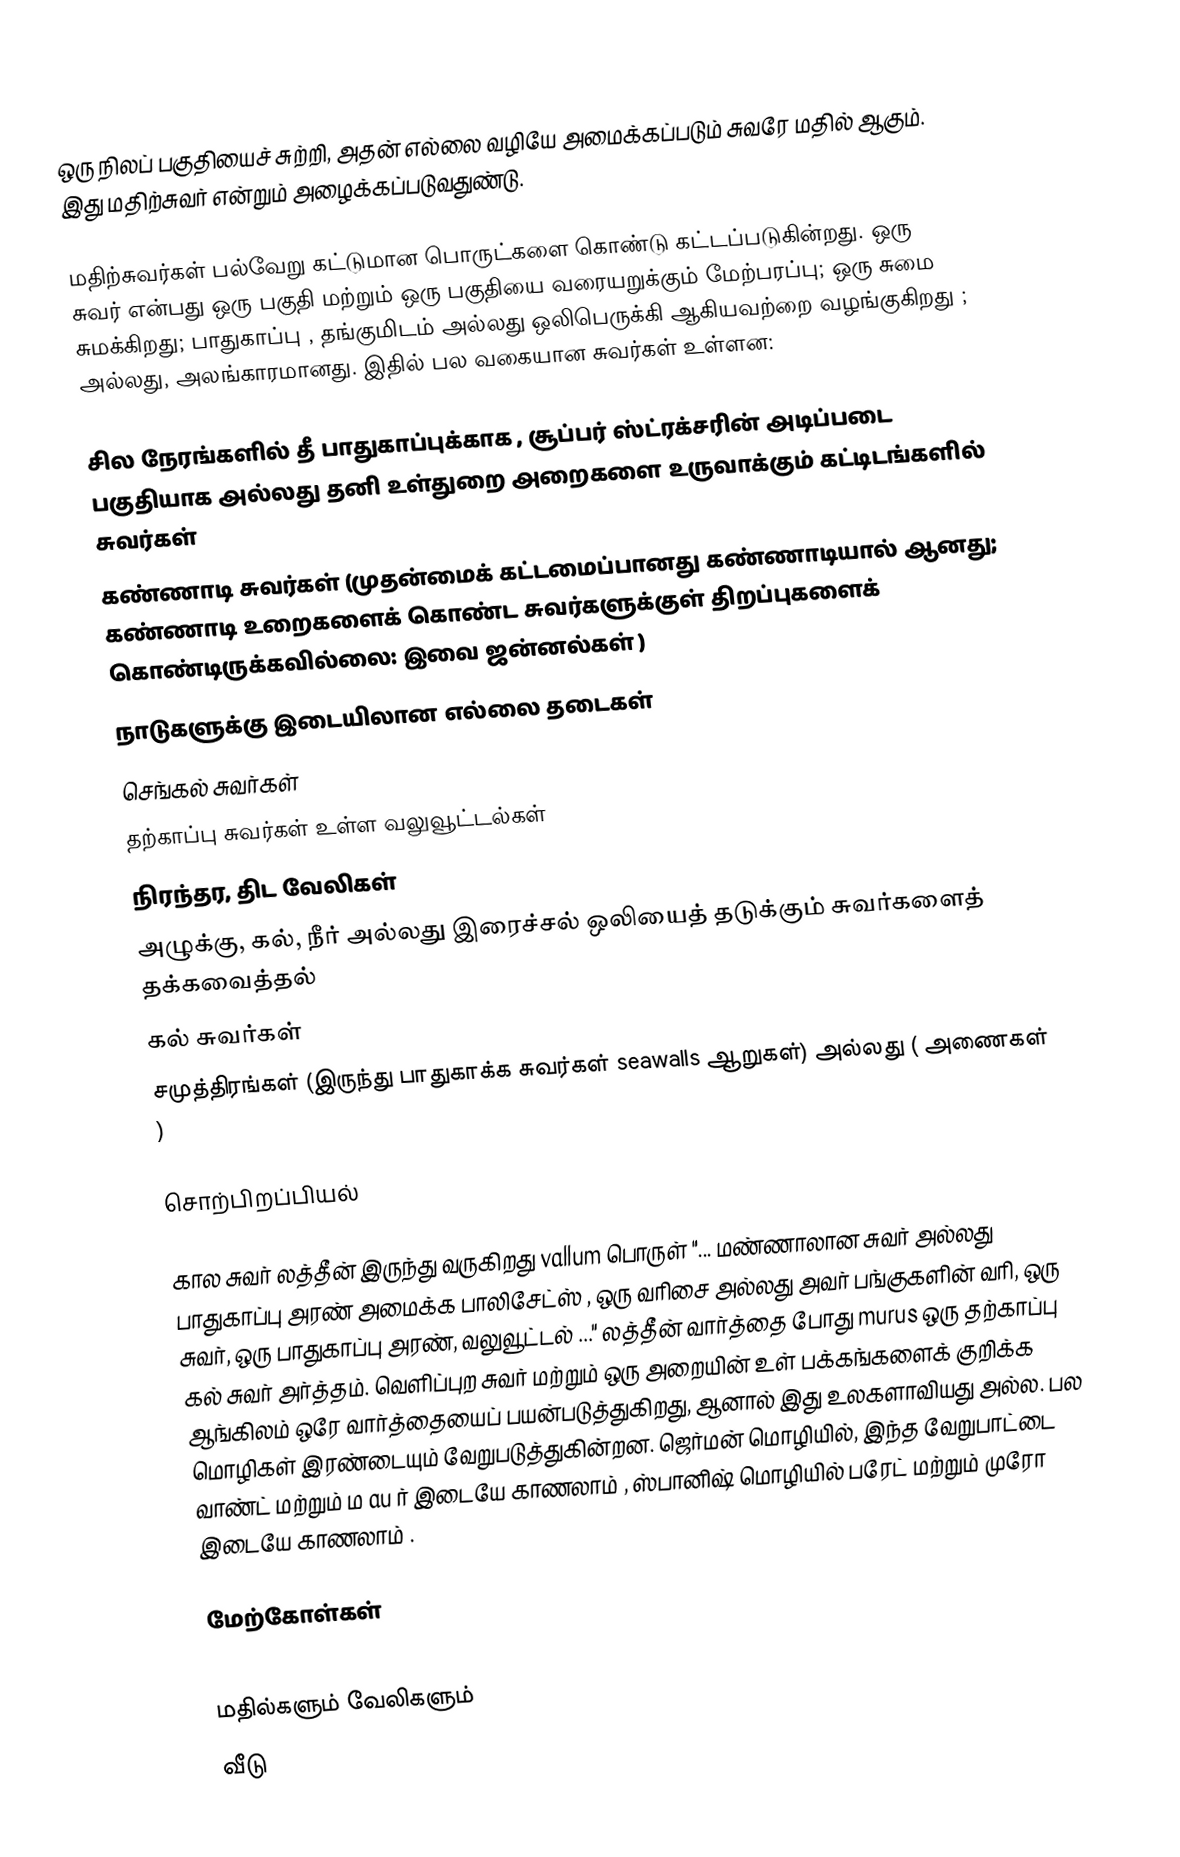
ஒரு நிலப் பகுதியைச் சுற்றி, அதன் எல்லை வழியே அமைக்கப்படும் சுவரே மதில் ஆகும். இது மதிற்சுவர் என்றும் அழைக்கப்படுவதுண்டு.

மதிற்சுவர்கள் பல்வேறு கட்டுமான பொருட்களை கொண்டு கட்டப்படுகின்றது. ஒரு சுவர் என்பது ஒரு பகுதி மற்றும் ஒரு பகுதியை வரையறுக்கும் மேற்பரப்பு; ஒரு சுமை சுமக்கிறது; பாதுகாப்பு , தங்குமிடம் அல்லது ஒலிபெருக்கி ஆகியவற்றை வழங்குகிறது ; அல்லது, அலங்காரமானது. இதில் பல வகையான சுவர்கள் உள்ளன:

 சில நேரங்களில் தீ பாதுகாப்புக்காக , சூப்பர் ஸ்ட்ரக்சரின் அடிப்படை பகுதியாக அல்லது தனி உள்துறை அறைகளை உருவாக்கும் கட்டிடங்களில் சுவர்கள்
 கண்ணாடி சுவர்கள் (முதன்மைக் கட்டமைப்பானது கண்ணாடியால் ஆனது; கண்ணாடி உறைகளைக் கொண்ட சுவர்களுக்குள் திறப்புகளைக் கொண்டிருக்கவில்லை: இவை ஜன்னல்கள் )
 நாடுகளுக்கு இடையிலான எல்லை தடைகள்
 செங்கல் சுவர்கள்
 தற்காப்பு சுவர்கள் உள்ள வலுவூட்டல்கள்
நிரந்தர, திட வேலிகள்
 அழுக்கு, கல், நீர் அல்லது இரைச்சல் ஒலியைத் தடுக்கும் சுவர்களைத் தக்கவைத்தல்
கல் சுவர்கள்
 சமுத்திரங்கள் (இருந்து பாதுகாக்க சுவர்கள் seawalls ஆறுகள்) அல்லது ( அணைகள் )

சொற்பிறப்பியல்

கால சுவர் லத்தீன் இருந்து வருகிறது vallum பொருள் "... மண்ணாலான சுவர் அல்லது பாதுகாப்பு அரண் அமைக்க பாலிசேட்ஸ் , ஒரு வரிசை அல்லது அவர் பங்குகளின் வரி, ஒரு சுவர், ஒரு பாதுகாப்பு அரண், வலுவூட்டல் ..." லத்தீன் வார்த்தை போது murus ஒரு தற்காப்பு கல் சுவர் அர்த்தம்.  வெளிப்புற சுவர் மற்றும் ஒரு அறையின் உள் பக்கங்களைக் குறிக்க ஆங்கிலம் ஒரே வார்த்தையைப் பயன்படுத்துகிறது, ஆனால் இது உலகளாவியது அல்ல. பல மொழிகள் இரண்டையும் வேறுபடுத்துகின்றன. ஜெர்மன் மொழியில், இந்த வேறுபாட்டை வாண்ட் மற்றும் ம au ர் இடையே காணலாம் , ஸ்பானிஷ் மொழியில் பரேட் மற்றும் முரோ இடையே காணலாம் .

மேற்கோள்கள்

மதில்களும் வேலிகளும்
வீடு